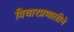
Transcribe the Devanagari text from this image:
विचारप्रणालीने